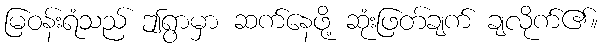
မြဝန်းရံသည် ဤရွာမှာ ဆက်နေဖို့ ဆုံးဖြတ်ချက် ချလိုက်၏။